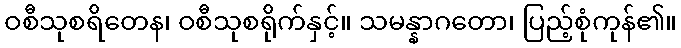
ဝစီသုစရိတေန၊ ဝစီသုစရိုက်နှင့်။ သမန္နာဂတော၊ ပြည့်စုံကုန်၏။